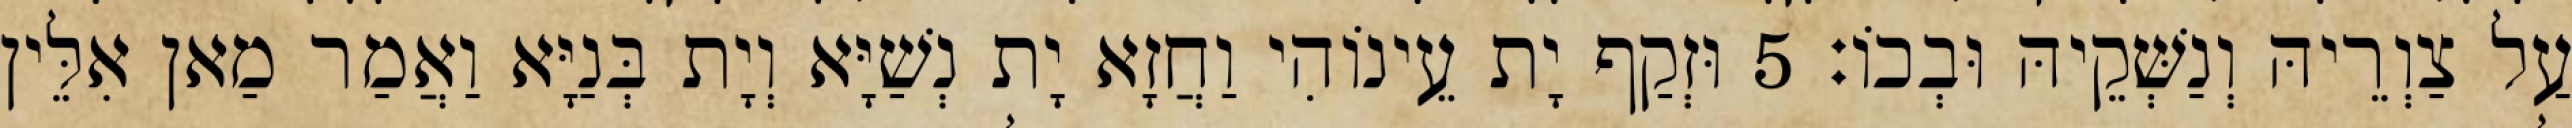
עַל צַוְרֵיהּ וְנַשְּׁקֵיהּ וּבְכוֹ׃ 5 וּזְקַף יָת עֵינוֹהִי וַחֲזָא יָת נְשַׁיָּא וְיָת בְּנַיָּא וַאֲמַר מַאן אִלֵּין